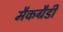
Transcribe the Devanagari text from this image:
मैकग्रैडी